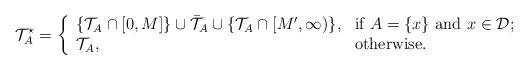
LaTeX: \begin{align*} \mathcal{T}^\star_{A}= \left\{\begin{array}{ll} \{\mathcal{T}_{A} \cap [0,M]\}\cup \mathcal{\bar T}_{A} \cup \{\mathcal{T}_{A} \cap [M',\infty)\}, & \hbox{if $A=\{x\}$ and $x \in \mathcal{D}$;} \\\mathcal{T}_{A} , & \hbox{otherwise.}\end{array}\right.\end{align*}